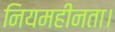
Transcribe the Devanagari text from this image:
नियमहीनता।